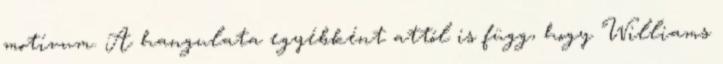
motívum. A hangulata egyébként attól is függ, hogy Williams